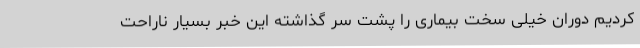
‌کردیم دوران خیلی سخت بیماری را پشت سر گذاشته این خبر بسیار ناراحت